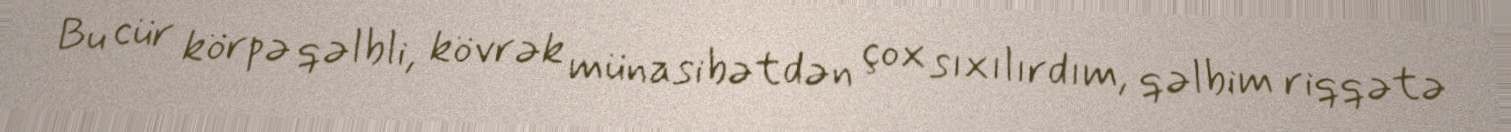
Bu cür körpə qəlbli, kövrək münasibətdən çox sıxılırdım, qəlbim riqqətə